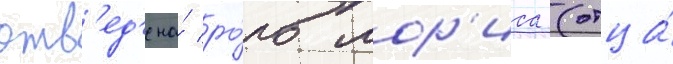
отв'ед'ена́ ро́ль мор'иса (отца́